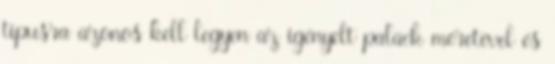
típusra azonos kell legyen az igényelt palack méretével és